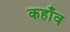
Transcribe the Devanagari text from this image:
कहाँव